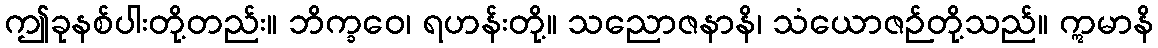
ဤခုနစ်ပါးတို့တည်း။ ဘိက္ခဝေ၊ ရဟန်းတို့။ သညောဇနာနိ၊ သံယောဇဉ်တို့သည်။ ဣမာနိ